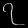
Digit: ၇